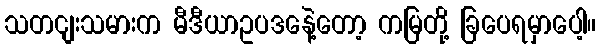
သတငျးသမားက မီဒီယာဥပဒနေဲ့တော့ ကမြတို့ ခြပေရမှာပေါ့။